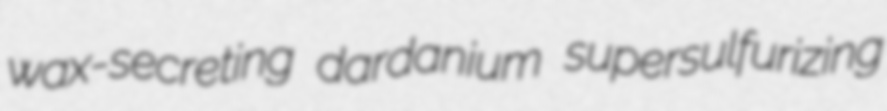
wax-secreting dardanium supersulfurizing